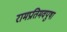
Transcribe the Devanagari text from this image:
रामप्रतिमवपुषा